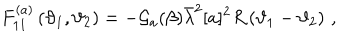
F _ { 1 1 } ^ { ( a ) } \left( \vartheta _ { 1 } , \vartheta _ { 2 } \right) = - \mathcal { G } _ { a } ( \beta ) \bar { \lambda } ^ { 2 } [ a ] ^ { 2 } R \left( \vartheta _ { 1 } - \vartheta _ { 2 } \right) \, ,